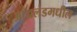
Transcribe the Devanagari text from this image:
आयलंडमधील